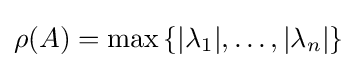
\rho (A)=\max \left\{|\lambda _{1}|,\dotsc ,|\lambda _{n}|\right\}